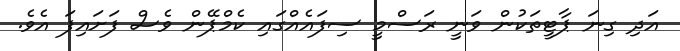
އަދި ގިނަ ޕާޓީތަކުން ވަނީ ރަސްމީ ސިފައެއްގައި ކެމްޕޭން ވެސް ފަށައިފަ އެވެ.